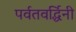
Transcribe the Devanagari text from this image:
पर्वतवर्द्धिनी